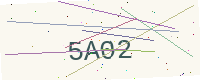
Text: 5A02